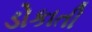
ડોકાતી